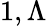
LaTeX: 1,\Lambda